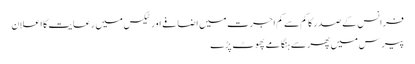
فرانس کے صدر کا کم سے کم اجرت میں اضافے اور ٹیکس میں رعایت کا اعلان
پیرس میں پھر سے ہنگامے پھوٹ پڑے